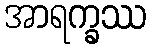
အာရက္ခဿ